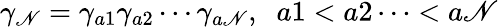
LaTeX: \gamma_{\mathscr{N}}=\gamma_{a1}\gamma_{a2}\cdots\gamma_{a\mathscr{N}},\; \; a1<a2\cdots<a\mathscr{N}